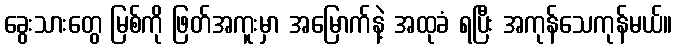
ခွေးသားတွေ မြစ်ကို ဖြတ်အကူးမှာ အမြောက်နဲ့ အထုခံ ရပြီး အကုန်သေကုန်မယ်။